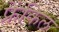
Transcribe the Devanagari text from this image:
फ्रेंकिल